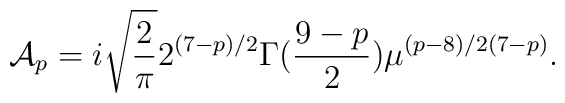
{\cal A}_p= i\sqrt{\frac{2}{\pi}}{2^{(7-p)/2}}{\Gamma(\frac{9-p}{2})}\mu^{(p-8)/2(7-p)}.